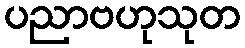
ပညာဗဟုသုတ